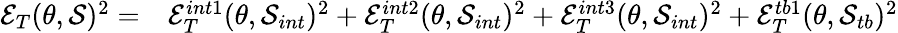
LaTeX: \begin{array}{rl}{\mathcal{E}_{T}(\theta,\mathcal{S})^{2}=}&{{}\mathcal{E}_{T}^{int1}(\theta,\mathcal{S}_{int})^{2}+\mathcal{E}_{T}^{int2}(\theta,\mathcal{S}_{int})^{2}+\mathcal{E}_{T}^{int3}(\theta,\mathcal{S}_{int})^{2}+\mathcal{E}_{T}^{tb1}(\theta,\mathcal{S}_{tb})^{2}}\end{array}